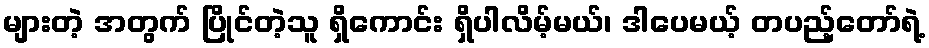
များတဲ့ အတွက် ပြိုင်တဲ့သူ ရှိကောင်း ရှိပါလိမ့်မယ်၊ ဒါပေမယ့် တပည့်တော်ရဲ့